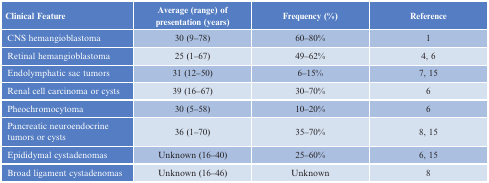
<table><thead><tr><td><b>Clinical Feature</b></td><td><b>Average (range) of presentation (years)</b></td><td><b>Frequency (%)</b></td><td><b>Reference</b></td></tr></thead><tbody><tr><td>CNS hemangioblastoma</td><td>30 (9–78)</td><td>60–80%</td><td>1</td></tr><tr><td>Retinal hemangioblastoma</td><td>25 (1–67)</td><td>49–62%</td><td>4, 6</td></tr><tr><td>Endolymphatic sac tumors</td><td>31 (12–50)</td><td>6–15%</td><td>7, 15</td></tr><tr><td>Renal cell carcinoma or cysts</td><td>39 (16–67)</td><td>30–70%</td><td>6</td></tr><tr><td>Pheochromocytoma</td><td>30 (5–58)</td><td>10–20%</td><td>6</td></tr><tr><td>Pancreatic neuroendocrine tumors or cysts</td><td>36 (1–70)</td><td>35–70%</td><td>8, 15</td></tr><tr><td>Epididymal cystadenomas</td><td>Unknown (16–40)</td><td>25–60%</td><td>6, 15</td></tr><tr><td>Broad ligament cystadenomas</td><td>Unknown (16–46)</td><td>Unknown</td><td>8</td></tr></tbody></table>